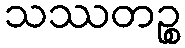
သဿတဉ္စ